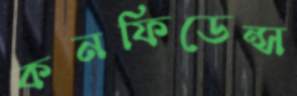
কনফিডেন্স